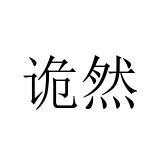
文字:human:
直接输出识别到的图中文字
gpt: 诡然